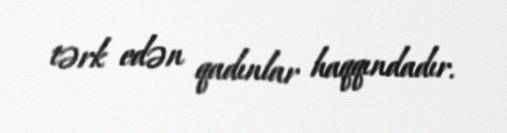
tərk edən qadınlar haqqındadır.